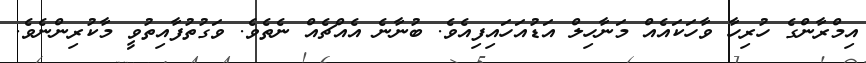
އިމްރާންގެ ހުރިހާ ވާހަކައެއް މަނާހިލް އަޑުއަހައިފިއެވެ. ބުނާނެ އެއްޗެއް ނެތެވެ. ވަގުތުފާއިތުވީ މާކުރިންނެވެ.